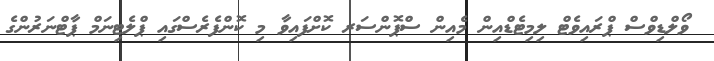
ވޯލްޑިވްސް ޕްރައިވެޓް ލިމިޓެޑްއިން މެއިން ސްޕޮންސަރ ކޮށްފައިވާ މި ކޮންފެރެސްގައި ޕްލެޓިނަމް ޕާޓްނަރުންގެ